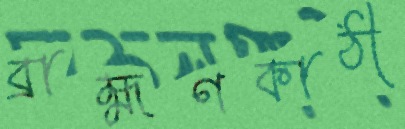
ব্রাহ্মণকাঠী